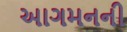
આગમનની